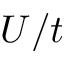
U / t